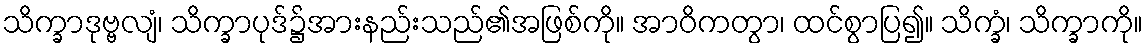
သိက္ခာဒုဗ္ဗလျံ၊ သိက္ခာပုဒ်၌အားနည်းသည်၏အဖြစ်ကို။ အာဝိကတွာ၊ ထင်စွာပြ၍။ သိက္ခံ၊ သိက္ခာကို။